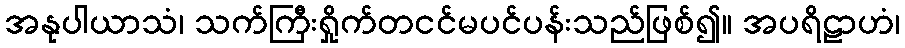
အနုပါယာသံ၊ သက်ကြီးရှိုက်တငင်မပင်ပန်းသည်ဖြစ်၍။ အပရိဠာဟံ၊